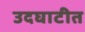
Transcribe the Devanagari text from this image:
उदघाटीत